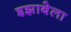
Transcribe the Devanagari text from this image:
इझाबेला